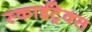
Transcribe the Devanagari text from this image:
स्काईट्रेक्स